Scottish Leaving Certificate Examination, 1960
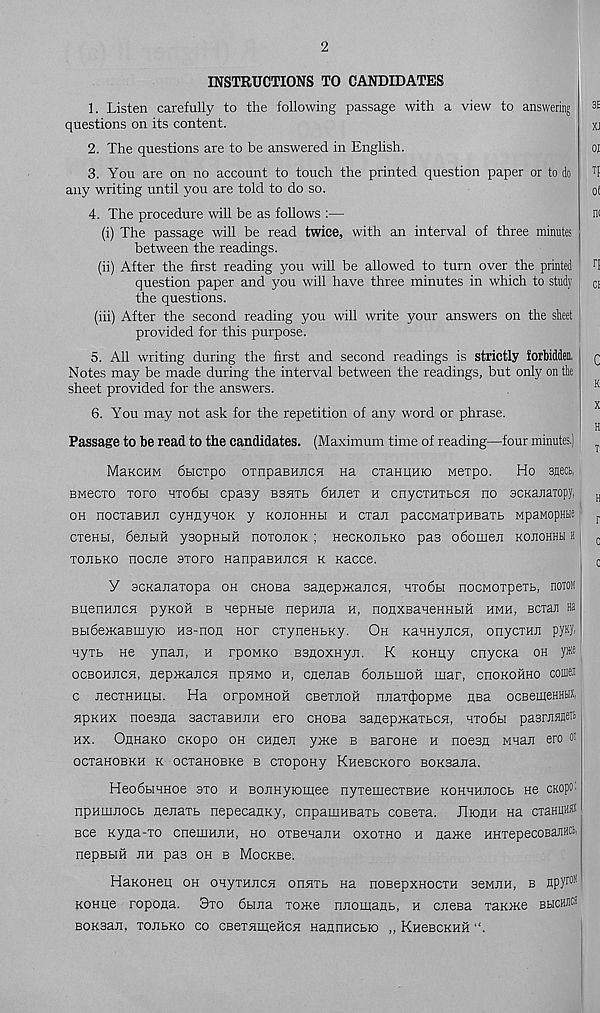
2
INSTRUCTIONS TO CANDIDATES
1. Listen carefully to the following passage with a view to answering
questions on its content.
2. The questions are to be answered in English.
3. You are on no account to touch the printed question paper or to do
any writing until you are told to do so.
4. The procedure will be as follows :—
(i) The passage will be read twice, with an interval of three minutes
between the readings.
(ii) After the first reading you will be allowed to turn over the printed
question paper and you will have three minutes in which to study
the questions.
(iii) After the second reading you will write your answers on the sheet
provided for this purpose.
5. All writing during the first and second readings is strictly forbidden,
Notes may be made during the interval between the readings, but only on the
sheet provided for the answers.
6. You may not ask for the repetition of any word or phrase.
Passage to be read to the candidates. (Maximum time of reading—four minutes.)
MancHM bticrpo oinpaBHucH Ha cxaHHHio wexpo.
Ho snecb,
bmccxo xoro hxo6h cpasy bbhxb bunex h cnycxnxbCH no acKanaiopy,
oh nocxaBHn cynnyHOK y kojiohhli h cxan paccMaxpHBaxb MpaMOpHtie
cxenbi, dejibifi ysopHHH noxonoK; HecKoiibKO pas obomen kojiohhh h
xojibKO nocne sxoro HanpaBHJicn k Kacce.
Y scKajiaxopa oh chobe sanepacajicH, 4Xo6h nocMOxpext, noOT
BHenHJTCH pyKOH b nepHbie nepHJia h, noflXBaneHHbiH hmh, Bcxaji aa
Bbi6e>KaBmyio hs-hoh nor cxynenbKy. Oh KanHyncn, onycxHn pyKJ.
nyxb He ynaji, h rpoMKO Bsnoxnyji. K KOHuy cnycKa oh y* e
ocbohjich, nepmajicn npawo h, cnenaB 6onbmoH mar, cnoKOHHO coinea
c necxHHHH. Ha orpoMHoii CBexnoii njiaxifiopMe flBa ocBeineHHtix,
npKHx noesna sacxaBHiiH ero cnoBa sanepMaxbcn, hxo6h pasruflJ®
hx. OnHaKO CKopo oh CHnen yxoe b Barone h noesn mheji ero oi
ocxanoBKH k ocxaHOBKe b cxopony KHeBCKoro BOKsana.
Heo6bi4Hoe sxo h Bojinyioinee nyxemecxBHe KOHHHJiocb He cKopO'
npumnocb Henaxb nepecanKy, cnpamHBaxb coBexa. JIiohh he cxaHUH®
Bee Kyna-xo cnemHJiH, ho oxsenajiH oxoxho h aaoKe HHxepecoBanutt,
nepBHH jih pas oh b MocKBe.
HaKOHep oh OHyxHJicn onnxb he noBepxnocxH seMJin, b npy r0I<
KOHqe ropona. 3xo 6bina xonce nnomanb, h cjicbe xanoKe bhchjiS
BOKsart, xojibKO co CBexHineHcn HannHCbio ,, KHeBCKHii “.